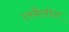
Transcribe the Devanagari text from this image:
टरमैलीन